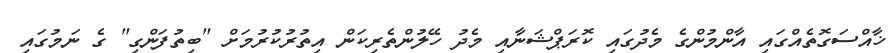
ޚާއްސަގޮތެއްގައި އާންމުންގެ މެދުގައި ކޮރަޕްޝަނާއި މެދު ހޭލުންތެރިކަން އިތުރުކުރުމަށް "ބިތުފަންގި" ގެ ނަމުގައި